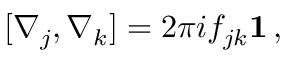
[ \nabla _ { j } , \nabla _ { k } ] = 2 \pi i f _ { j k } { \bf 1 } \, ,